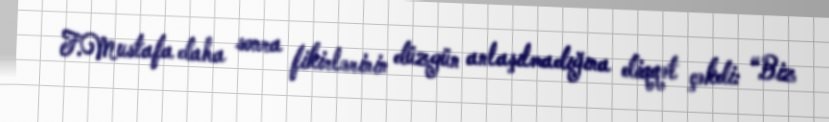
F.Mustafa daha sonra fikirlərinin düzgün anlaşılmadığına diqqət çəkdi: “Biz